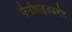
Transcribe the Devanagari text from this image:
फेनीथाइलअमीन